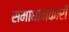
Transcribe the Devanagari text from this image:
समाधानकारी